Scientific memoirs by medical officers of the Army of India - Part V,
Year: 1890
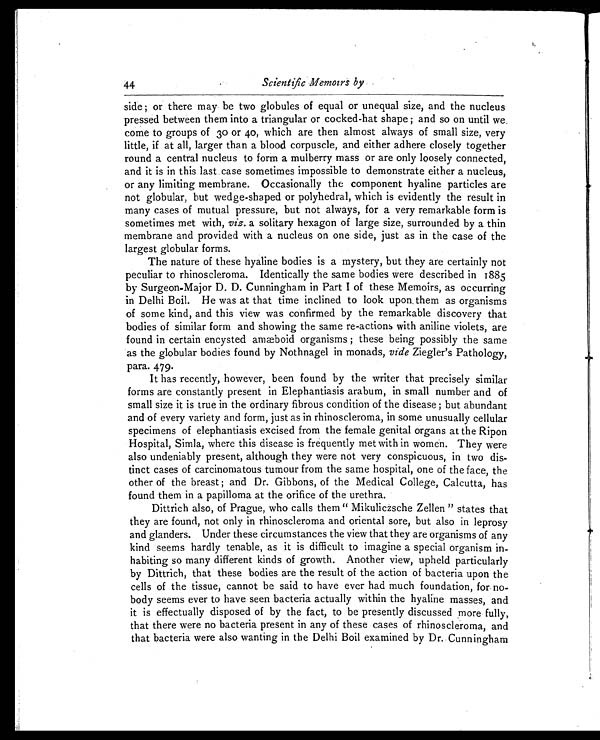
Scientific Memoirs by
side; or there may be two globules of equal or unequal size, and the nucleus
pressed between them into a triangular or cocked-hat shape; and so on until we
come to groups of 30 or 40, which are then almost always of small size, very
little, if at all, larger than a blood corpuscle, and either adhere closely together
round a central nucleus to form a mulberry mass or are only loosely connected,
and it is in this last case sometimes impossible to demonstrate either a nucleus,
or any limiting membrane. Occasionally the component hyaline particles are
not globular, but wedge-shaped or polyhedral, which is evidently the result in
many cases of mutual pressure, but not always, for a very remarkable form is
sometimes met with, viz. a solitary hexagon of large size, surrounded by a thin
membrane and provided with a nucleus on one side, just as in the case of the
largest globular forms.
The nature of these hyaline bodies is a mystery, but they are certainly not
peculiar to rhinoscleroma. Identically the same bodies were described in 1885
by Surgeon-Major D. D. Cunningham in Part I of these Memoirs, as occurring
in Delhi Boil. He was at that time inclined to look upon them as organisms
of some kind, and this view was confirmed by the remarkable discovery that
bodies of similar form and showing the same re-actions with aniline violets, are
found in certain encysted amæboid organisms; these being possibly the same
as the globular bodies found by Nothnagel in monads, vide Ziegler's Pathology,
para. 479.
It has recently, however, been found by the writer that precisely similar
forms are constantly present in Elephantiasis arabum, in small number and of
small size it is true in the ordinary fibrous condition of the disease; but abundant
and of every variety and form, just as in rhinoscleroma, in some unusually cellular
specimens of elephantiasis excised from the female genital organs at the Ripon
Hospital, Simla, where this disease is frequently met with in women. They were
also undeniably present, although they were not very conspicuous, in two dis
- t i n c t c a s e s o f c a r c i n o m a t o u s t u m o u r f r o m t h e s a m e h o s p i t a l , o n e o f t h e f a c e , t h e
other of the breast; and Dr. Gibbons, of the Medical College, Calcutta, has
found them in a papilloma at the orifice of the urethra.
Dittrich also, of Prague, who calls them "Mikuliczsche Zellen" states that
they are found, not only in rhinoscleroma and oriental sore, but also in leprosy
and glanders. Under these circumstances the view that they are organisms of any
kind seems hardly tenable, as it is difficult to imagine a special organism in
- h a b i t i n g s o m a n y d i f f e r e n t k i n d s o f g r o w t h . A n o t h e r v i e w , u p h e l d p a r t i c u l a r l y
by Dittrich, that these bodies are the result of the action of bacteria upon the
cells of the tissue, cannot be said to have ever had much foundation, for no
- b o d y s e e m s e v e r t o h a v e s e e n b a c t e r i a a c t u a l l y w i t h i n t h e h y a l i n e m a s s e s , a n d
it is effectually disposed of by the fact, to be presently discussed more fully,
that there were no bacteria present in any of these cases of rhinoscleroma, and
that bacteria were also wanting in the Delhi Boil examined by Dr. Cunningham
44